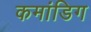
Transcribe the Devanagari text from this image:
कमांडिग